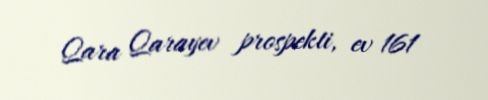
Qara Qarayev prospekti, ev 161